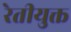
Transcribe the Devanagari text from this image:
रेतीयुक्त